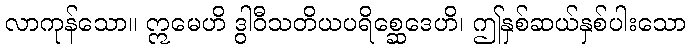
လာကုန်သော။ ဣမေဟိ ဒွါဝီသတိယပရိစ္ဆေဒေဟိ၊ ဤနှစ်ဆယ်နှစ်ပါးသော